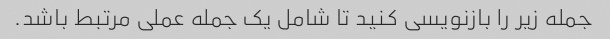
جمله زیر را بازنویسی کنید تا شامل یک جمله عملی مرتبط باشد.